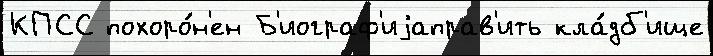
КПСС похоро́н'ен Б'иограф'иjаправ'ить кла́дб'ище